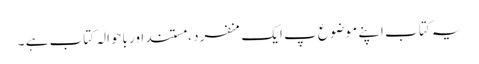
یہ کتا ب اپنے موضوع پ ایک منفرد ، مستند اور باحوالہ کتاب ہے ۔